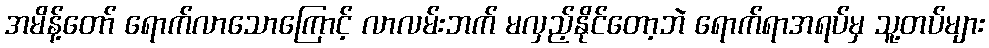
အမိန့်တော် ရောက်လာသောကြောင့် လာလမ်းဘက် မလှည့်နိုင်တော့ဘဲ ရောက်ရာအရပ်မှ သူ့တပ်များ